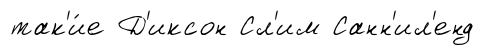
так'и́е Д'иксон Сл'им Санн'ил'енд